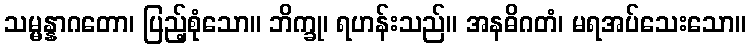
သမ္မန္နာဂတော၊ ပြည့်စုံသော။ ဘိက္ခု၊ ရဟန်းသည်။ အနဓိဂတံ၊ မရအပ်သေးသော။